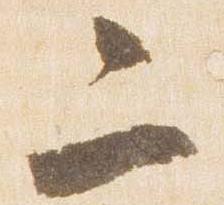
二